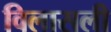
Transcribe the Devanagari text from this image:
विलासली